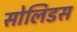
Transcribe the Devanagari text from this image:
सोलिडस